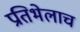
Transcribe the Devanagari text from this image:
प्रतिभेलाच